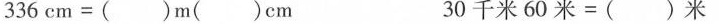
336cm=( )m( )cm 30千米60米=( )米